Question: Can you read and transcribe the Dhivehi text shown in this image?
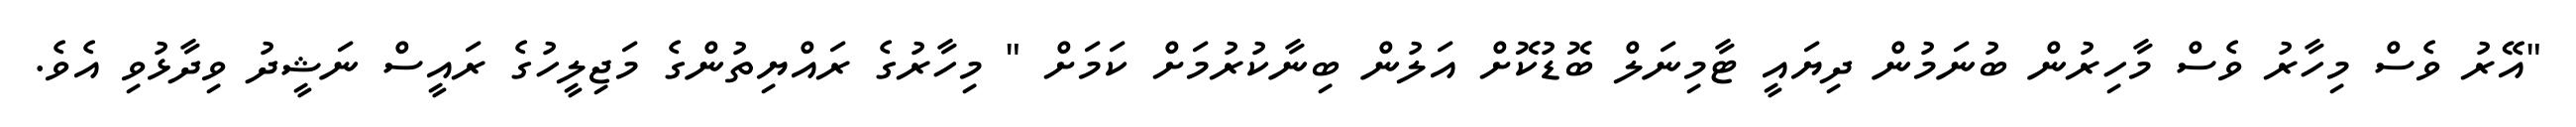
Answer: "އޭރު ވެސް މިހާރު ވެސް މާހިރުން ބުނަމުން ދިޔައީ ޓާމިނަލް ބޮޑުކޮށް އަލުން ބިނާކުރުމަށް ކަމަށް " މިހާރުގެ ރައްޔިތުންގެ މަޖިލީހުގެ ރައީސް ނަޝީދު ވިދާޅުވި އެވެ.